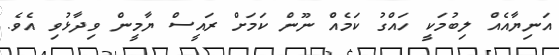
އަނިޔާއެއް ލިބުމަކީ ހައްގު ކަމެއް ނޫން ކަމަށް ރައީސް ޔާމީން ވިދާޅުވި އެވެ.